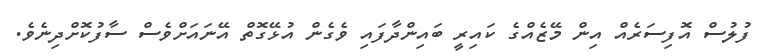
ފުލުސް އޮފިސަރެއް އިން މޭޒެއްގެ ކައިރީ ބައިންދާފައި ވެގެން އުޅޭގޮތް އޭނައަށްވެސް ސާފުކޮށްދިނެވެ.